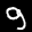
Label: 9